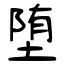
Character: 堕